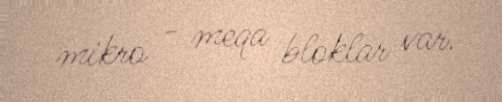
mikro - meqa bloklar var.